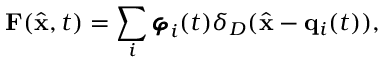
{ \bf F } ( \hat { { \bf x } } , t ) = \sum _ { i } { \pmb { \varphi } } _ { i } ( t ) \delta _ { D } ( \hat { { \bf x } } - { \bf q } _ { i } ( t ) ) ,